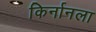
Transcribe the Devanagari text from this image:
किर्नानला